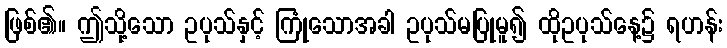
ဖြစ်၏။ ဤသို့သော ဥပုသ်နှင့် ကြုံသောအခါ ဥပုသ်မပြုမူ၍ ထိုဥပုသ်နေ့၌ ရဟန်း